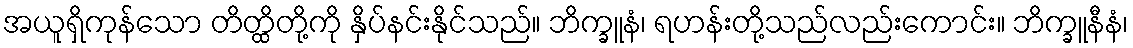
အယူရှိကုန်သော တိတ္ထိတို့ကို နှိပ်နင်းနိုင်သည်။ ဘိက္ခူနံ၊ ရဟန်းတို့သည်လည်းကောင်း။ ဘိက္ခူနီနံ၊